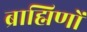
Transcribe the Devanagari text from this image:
ब्राह्मिणों